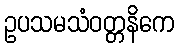
ဥပသမသံဝတ္တနိကေ